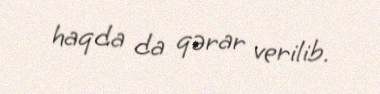
haqda da qərar verilib.